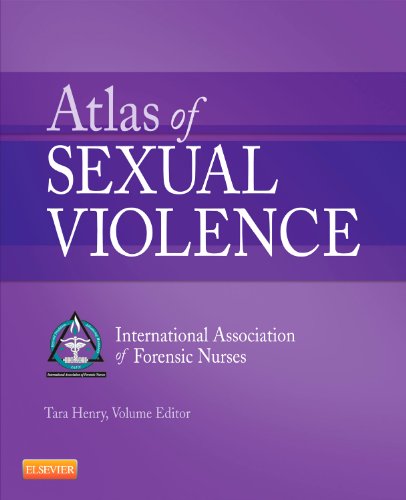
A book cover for Atlas of Sexual Violence, 1e; IAFN; Medical Books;